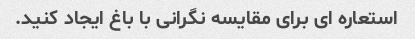
استعاره ای برای مقایسه نگرانی با باغ ایجاد کنید.